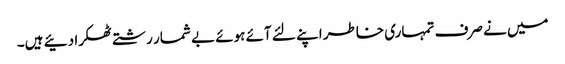
میں نے صرف تمہاری خاطر اپنے لئے آئے ہوئے بے شمار رشتے ٹھکرا دئیے ہیں۔